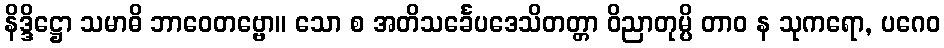
နိဒ္ဒိဋ္ဌော သမာဓိ ဘာဝေတဗ္ဗော။ သော စ အတိသင်္ခေပဒေသိတတ္တာ ဝိညာတုမ္ပိ တာဝ န သုကရော, ပဂေဝ